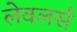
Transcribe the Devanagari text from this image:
लेवलर्स